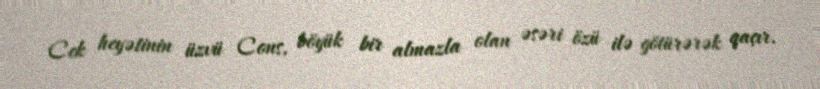
Cek heyətinin üzvü Cons, böyük bir almazla olan əsəri özü ilə götürərək qaçır.